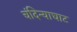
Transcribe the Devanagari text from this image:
चंदिन्याघाट